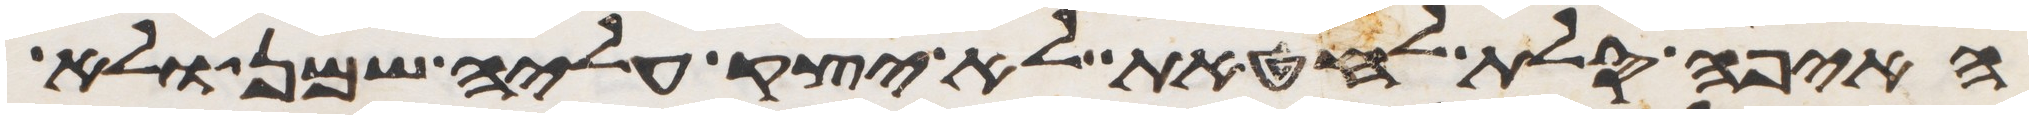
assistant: האיפה סלת לחטאת לא יצק עליה שמן ולא